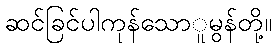
ဆင်ခြင်ပါကုန်သောူမွန်တို့။